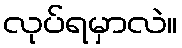
လုပ်ရမှာလဲ။